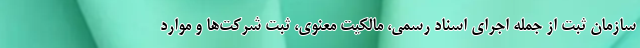
سازمان ثبت از جمله اجرای اسناد رسمی، مالکیت معنوی، ثبت شرکت‌ها و موارد